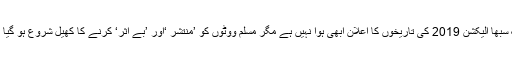
لوک سبھا الیکشن 2019 کی تاریخوں کا اعلان ابھی ہوا نہیں ہے مگر مسلم ووٹوں کو ’منتشر ‘اور ’بے اثر‘ کرنے کا کھیل شروع ہو گیا ہے ۔